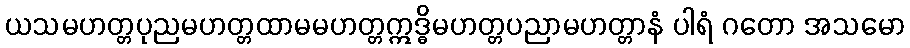
ယသမဟတ္တပုညမဟတ္တထာမမဟတ္တဣဒ္ဓိမဟတ္တပညာမဟတ္တာနံ ပါရံ ဂတော အသမော